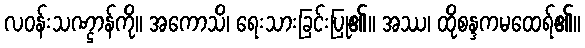
လဝန်းသဏ္ဌာန်ကို။ အကောသိ၊ ရေးသားခြင်းပြု၏။ အဿ၊ ထိုစန္ဒကမထေရ်၏။